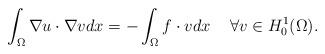
LaTeX: \begin{align*}\int _{\Omega}\nabla u\cdot\nabla v dx=-\int _{\Omega}f\cdot v dx \hskip0.5cm \forall v\in H^1_0(\Omega).\end{align*}